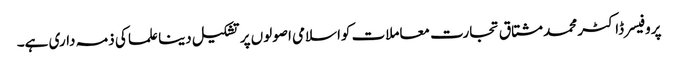
پروفیسر ڈاکٹر محمد مشتاق تجارت معاملات کواسلامی اصولوں پر تشکیل دینا علما کی ذمہ داری ہے۔